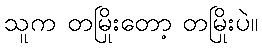
သူက တမြိုးတော့ တမြိုးပဲ။